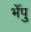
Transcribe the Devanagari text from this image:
भेँपु